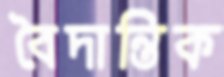
বৈদান্তিক